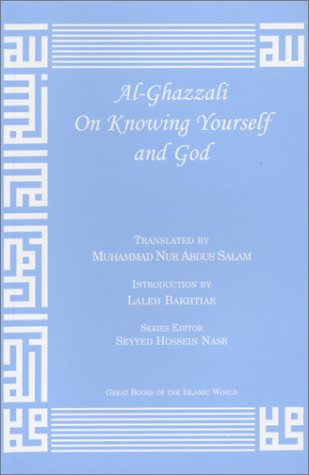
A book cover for Al-Ghazzali On Knowing Yourself and God; AbÃ» HÃ¢mid Muhammad ibn Muhammad al-GhazÃ¢lÃ®; Religion & Spirituality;